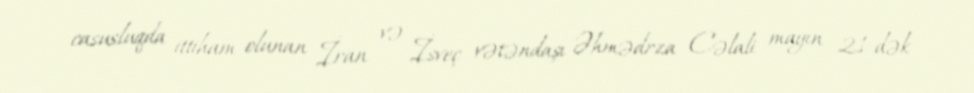
casusluqda ittiham olunan İran və İsveç vətəndaşı Əhmədrza Cəlali mayın 21-dək